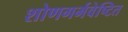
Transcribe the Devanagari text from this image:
शोणगर्भवेष्टित